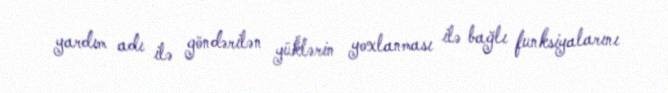
yardım adı ilə göndərilən yüklərin yoxlanması ilə bağlı funksiyalarını